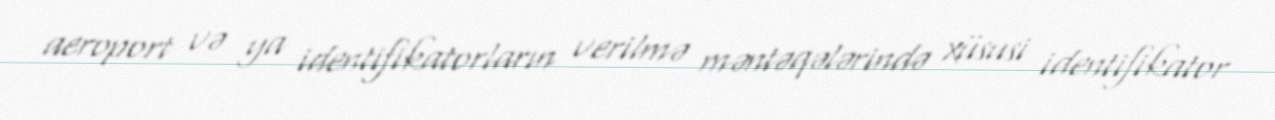
aeroport və ya identifikatorların verilmə məntəqələrində xüsusi identifikator